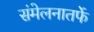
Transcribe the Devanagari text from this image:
संमेलनातर्फे